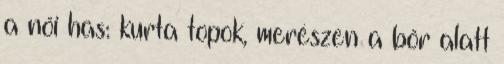
a női has: kurta topok, merészen a bőr alatt